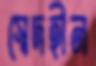
স্বেদহীন